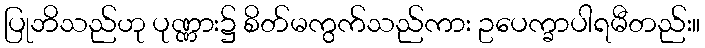
ပြုဘိသည်ဟု ပုဏ္ဏား၌ စိတ်မကွက်သည်ကား ဥပေက္ခာပါရမီတည်း။